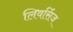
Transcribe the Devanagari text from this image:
लिवर्सिज